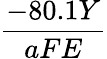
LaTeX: \frac{-80.1Y}{aFE}